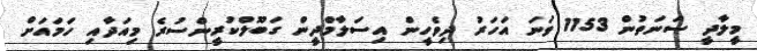
މީލާދީ ސަނަތުން 1153 ވަނަ އަހަރު ދިވެހީން އިސަލާމްދީން ގަބޫލްކުރީންސުރެ މިއަދާއި ހަމައަށް